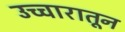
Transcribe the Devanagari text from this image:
उच्चारातून